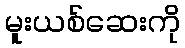
မူးယစ်ဆေးကို